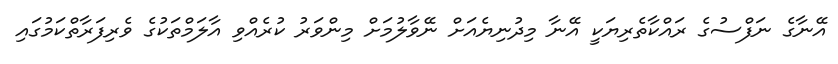
އޭނާގެ ނަފްސުގެ ރައްކާތެރިޔަކީ އޭނާ މިދުނިޔެއަށް ނޭވާލުމަށް މިންވަރު ކުރެއްވި އާލަމްތަކުގެ ވެރިފަރާތްކަމުގައި